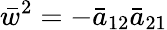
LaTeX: \bar{w}^{2}=-\bar{a}_{12}\bar{a}_{21}